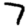
Digit: 7